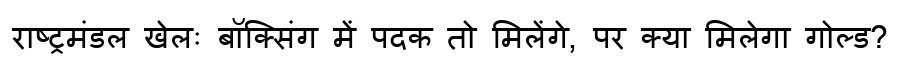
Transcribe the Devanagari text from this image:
राष्ट्रमंडल खेलः बॉक्सिंग में पदक तो मिलेंगे, पर क्या मिलेगा गोल्ड?